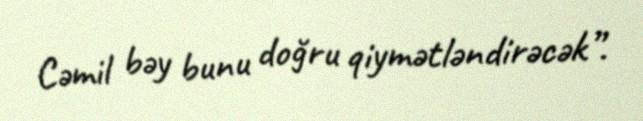
Cəmil bəy bunu doğru qiymətləndirəcək”.